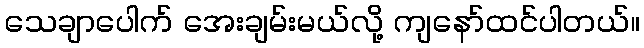
သေချာပေါက် အေးချမ်းမယ်လို့ ကျနော်ထင်ပါတယ်။